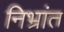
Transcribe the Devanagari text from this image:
निभ्रांत